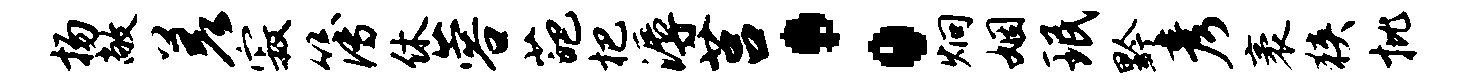
扬敞差寂簿休蓉葩杷溽莒：炯姻珉黔彦袤狭批